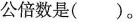
公倍数是（）。